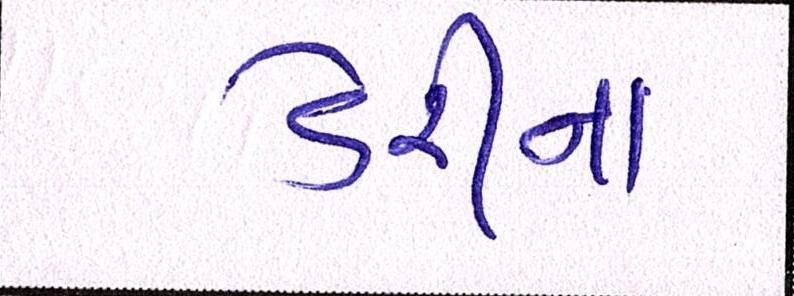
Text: ડેરીનાં